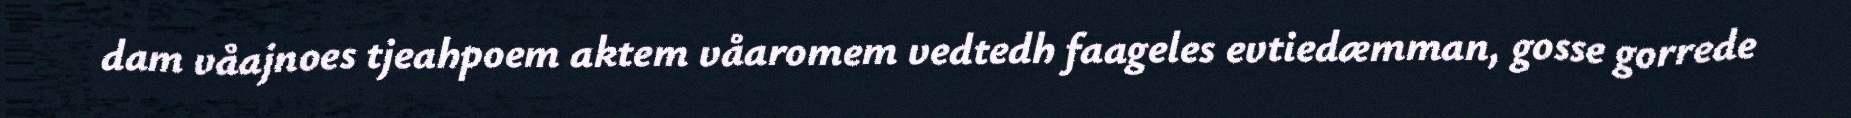
dam våajnoes tjeahpoem aktem våaromem vedtedh faageles evtiedæmman, gosse gorrede